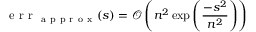
\mathrm { ~ e ~ r ~ r ~ } _ { \mathrm { ~ a ~ p ~ p ~ r ~ o ~ x ~ } } ( s ) = \mathcal { O } \left( n ^ { 2 } \exp \left( \frac { - s ^ { 2 } } { n ^ { 2 } } \right) \right)